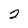
Character: 2